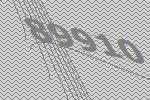
89910